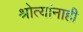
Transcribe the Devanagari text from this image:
श्रोत्यांनाही